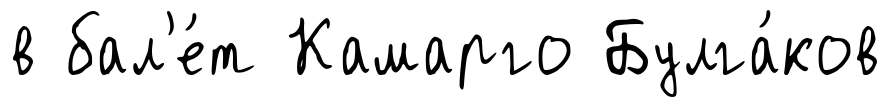
в бал'е́т Камарго Булга́ков